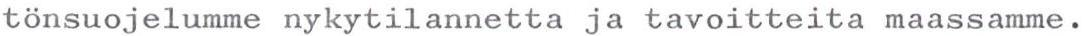
tönsuojelumme nykytilannetta ja tavoitteita maassamme.